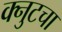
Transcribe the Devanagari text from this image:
क्नुटचा